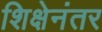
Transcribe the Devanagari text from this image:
शिक्षेनंतर